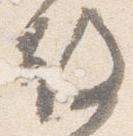
故